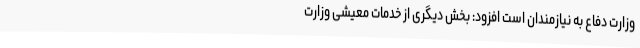
وزارت دفاع به نیازمندان است افزود: بخش دیگری از خدمات معیشی وزارت